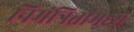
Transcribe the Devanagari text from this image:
निमंत्रितांमध्ये